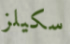
سكيلز